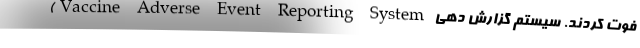
فوت کردند. سیستم گزارش دهی Vaccine Adverse Event Reporting System)